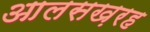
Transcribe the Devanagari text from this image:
आलसख़रह